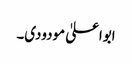
ابواعلیٰ مودودی۔